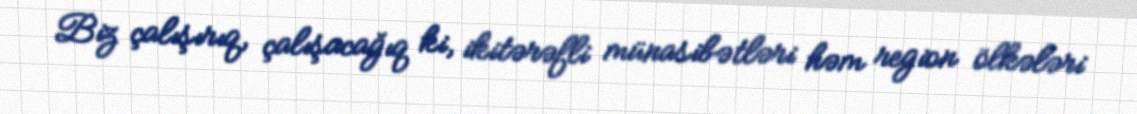
Biz çalışırıq, çalışacağıq ki, ikitərəfli münasibətləri həm region ölkələri